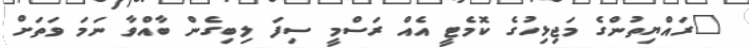
"ރައްޔިތުންގެ މަޖިޅިހުގެ ކޮމެޓީ އެއް ރަސްމީ ސިފަ ލިބިގެން ބާއްވާ ނަމަ ވަތަށް